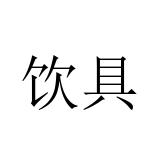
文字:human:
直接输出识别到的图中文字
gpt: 饮具